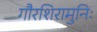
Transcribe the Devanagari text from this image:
गौरशिरामुनिः